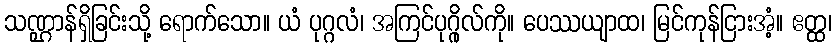
သဏ္ဌာန်ရှိခြင်းသို့ ရောက်သော။ ယံ ပုဂ္ဂလံ၊ အကြင်ပုဂ္ဂိုလ်ကို။ ပေဿယျာထ၊ မြင်ကုန်ငြားအံ့။ ဧတ္ထ၊